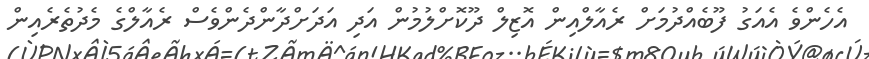
އެހެންވެ އެއަގު ފޫބެއްދުމަށް ރެއާލްއިން އޮޒިލް ދޫކޮށްލުމުން އަދި އަދަށްދާންދެންވެސް ރެއާލްގެ މެދުތެރެއިން